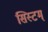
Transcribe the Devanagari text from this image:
सिस्टम्